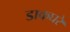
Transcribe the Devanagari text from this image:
डाकघरे